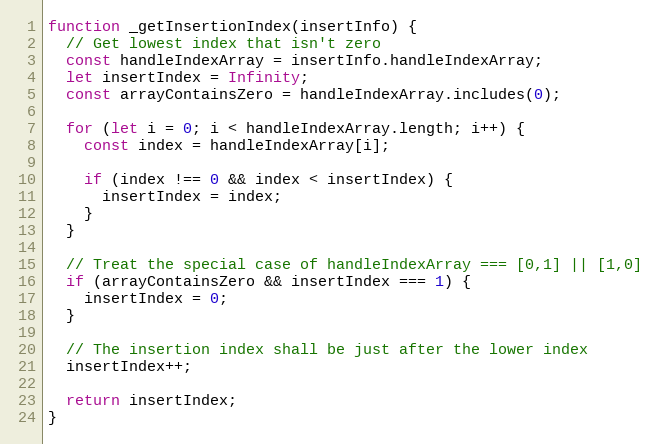
Language: JavaScript
function _getInsertionIndex(insertInfo) {
  // Get lowest index that isn't zero
  const handleIndexArray = insertInfo.handleIndexArray;
  let insertIndex = Infinity;
  const arrayContainsZero = handleIndexArray.includes(0);

  for (let i = 0; i < handleIndexArray.length; i++) {
    const index = handleIndexArray[i];

    if (index !== 0 && index < insertIndex) {
      insertIndex = index;
    }
  }

  // Treat the special case of handleIndexArray === [0,1] || [1,0]
  if (arrayContainsZero && insertIndex === 1) {
    insertIndex = 0;
  }

  // The insertion index shall be just after the lower index
  insertIndex++;

  return insertIndex;
}